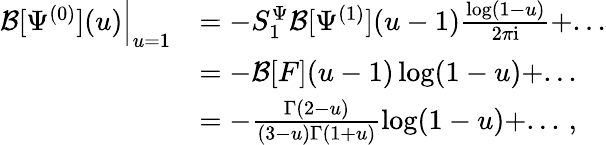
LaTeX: \begin{array}{rl}{\mathcal{B}[\Psi^{(0)}](u)\Big|_{u=1}}&{=-S_{1}^{\Psi}\mathcal{B}[\Psi^{(1)}](u-1)\frac{\log(1-u)}{2\pi\mathrm{i}}+...}\\ &{=-\mathcal{B}[F](u-1)\log(1-u)+...}\\ &{=-\frac{\Gamma(2-u)}{(3-u)\Gamma(1+u)}\log(1-u)+...\, ,}\end{array}